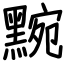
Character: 黦